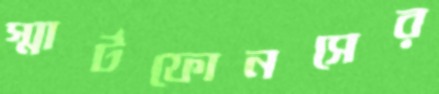
স্মার্টফোনসের